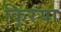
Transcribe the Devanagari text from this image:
कि्रया